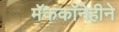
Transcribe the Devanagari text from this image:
मॅककॉनेहीने